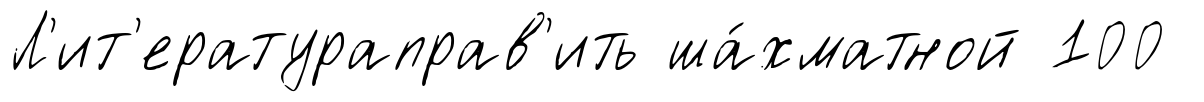
Л'ит'ератураправ'ить ша́хматной 100